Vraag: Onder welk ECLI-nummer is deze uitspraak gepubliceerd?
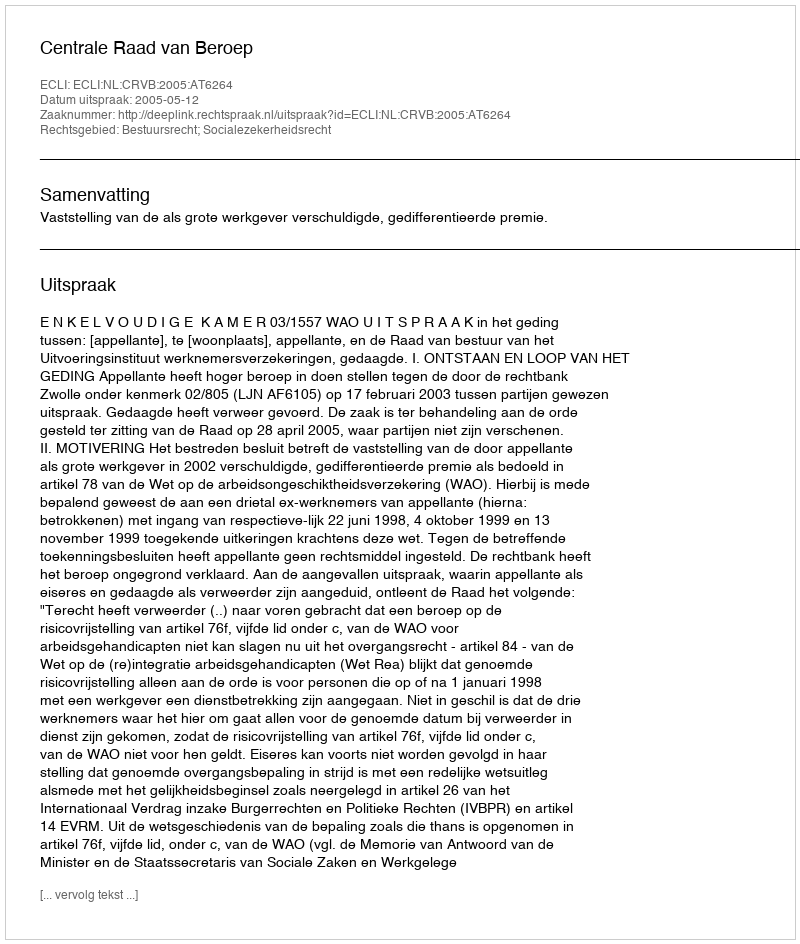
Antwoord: ECLI:NL:CRVB:2005:AT6264